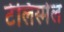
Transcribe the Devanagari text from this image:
टेलिस्मेल